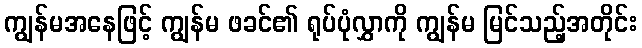
ကျွန်မအနေဖြင့် ကျွန်မ ဖခင်၏ ရုပ်ပုံလွှာကို ကျွန်မ မြင်သည့်အတိုင်း